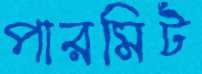
পারমিট